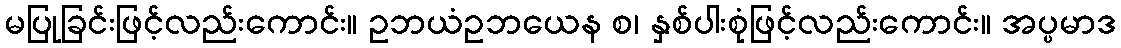
မပြုခြင်းဖြင့်လည်းကောင်း။ ဥဘယံဥဘယေန စ၊ နှစ်ပါးစုံဖြင့်လည်းကောင်း။ အပ္ပမာဒ